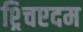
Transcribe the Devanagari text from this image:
श्र्चिएदम